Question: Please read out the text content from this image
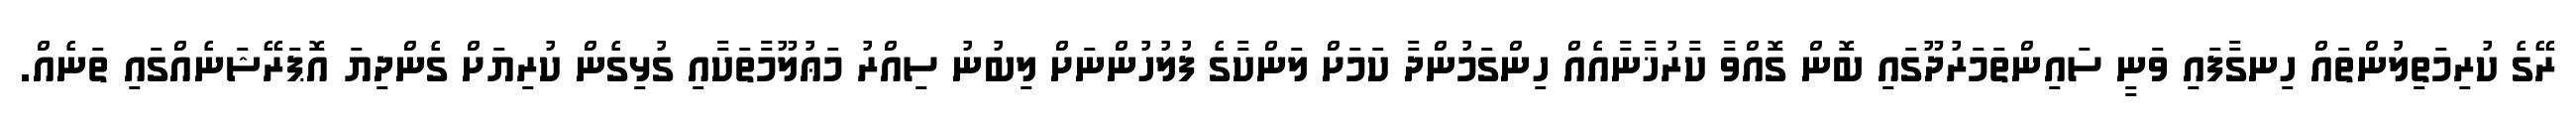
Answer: ރޭގެ ކުރިމަތިލުންތައް ހިނގާފައި ވަނީ ސައިންތަމަރުދޫގައި ބޮން ގޮއްވާ ކާރުޚާނާއެއް ހިންގަމުންދާ ކަމަށް ލަންކާގެ ފުލުހުންނަށް ލިބުނު ސިއްރު މަޢުލޫމާތަކާއި ގުޅިގެން ކުރިޔަށް ގެންދިޔަ އޮޕަރޭޝަނެއްގައި ތަނެއް.